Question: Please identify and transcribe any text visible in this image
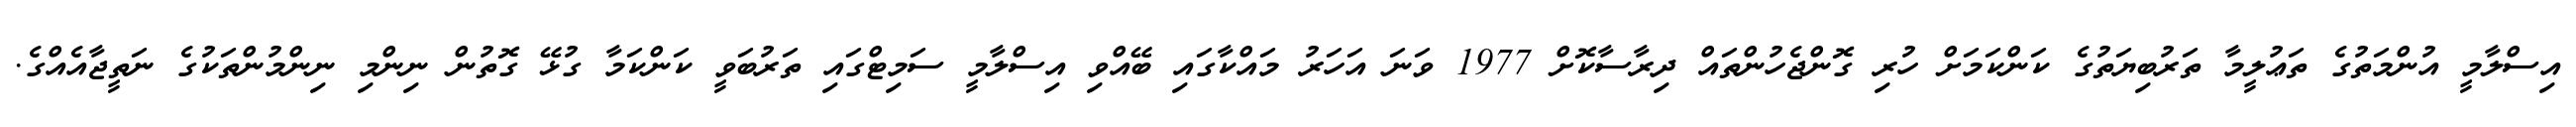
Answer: އިސްލާމީ އުންމަތުގެ ތަޢުލީމާ ތަރުބިޔަތުގެ ކަންކަމަށް ހުރި ގޮންޖެހުންތައް ދިރާސާކޮށް 1977 ވަނަ އަހަރު މައްކާގައި ބޭއްވި އިސްލާމީ ސަމިޓްގައި ތަރުބަވީ ކަންކަމާ ގުޅޭ ގޮތުން ނިންމި ނިންމުންތަކުގެ ނަތީޖާއެއްގެ.